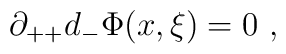
\partial_{++}d_- \Phi(x,\xi)=0\,\,,